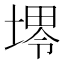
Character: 𱗟